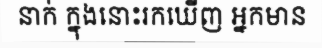
នាក់ ក្នុងនោះរកឃើញ អ្នកមាន